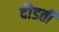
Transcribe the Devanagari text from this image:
दौडती